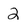
Character: 2